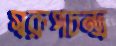
স্বরূপচন্দ্র